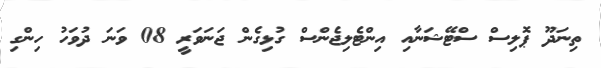
ތިނަދޫ ޕޮލިސް ސްޓޭޝަނާއި އިންޓެލިޖެންސް ގުޅިގެން ޖަނަވަރީ 08 ވަނަ ދުވަހު ހިންގި